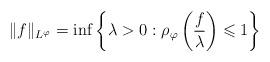
LaTeX: \begin{align*}\|f\|_{L^\varphi}= \inf \left\{ \lambda > 0:\rho_{\varphi}\left(\frac{f}{\lambda}\right)\leqslant 1 \right\}\end{align*}